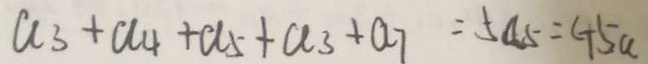
a _ { 3 } + a _ { 4 } + a _ { 5 } + a _ { 3 } + a _ { 7 } = 5 a _ { 5 } = c + 5 a